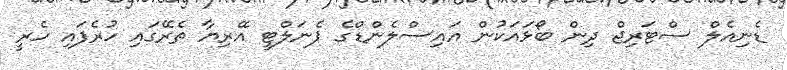
ޑެނިއެލް ސްޓަރިޖް ދިން ބޯޅައަކުން އައިސްލެންޑްގެ ޕެނަލްޓީ އޭރިޔާ ތެރޭގައި ހުރެފައި ހެރީ